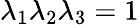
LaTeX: \lambda_{1}\lambda_{2}\lambda_{3}=1